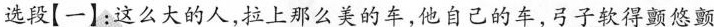
选段[一】：这么大的人，拉上那么美的车，他自己的车，弓子软得颤悠颤